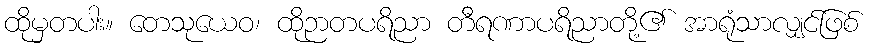
ထိုမှတပါး။ တေသုယေဝ၊ ထိုဉာတပရိညာ တီရဏာပရိညာတို့၏ အာရုံသာလျှင်ဖြစ်